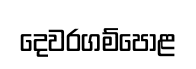
දෙවරගම්පොළ